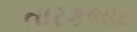
તારકભાઇ